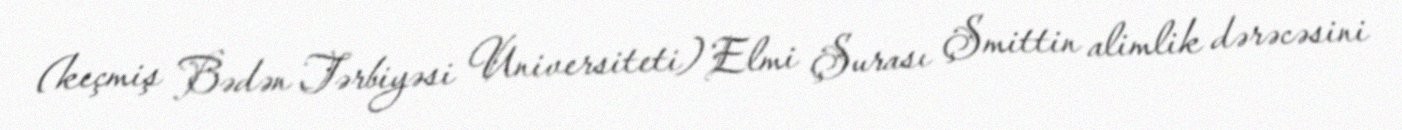
(keçmiş Bədən Tərbiyəsi Universiteti) Elmi Şurası Şmittin alimlik dərəcəsini